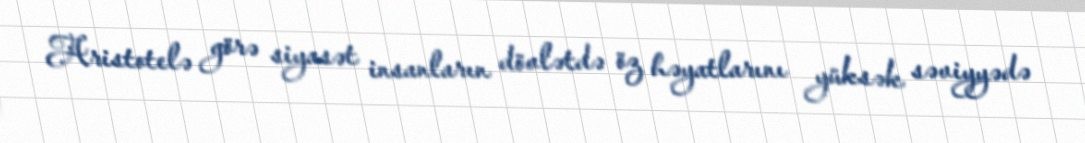
Aristotelə görə siyasət insanların dövlətdə öz həyatlarını yüksək səviyyədə